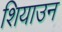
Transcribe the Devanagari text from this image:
शियाउन